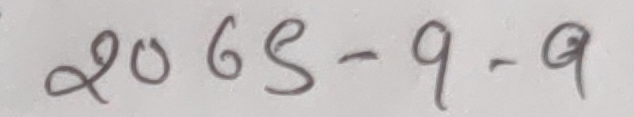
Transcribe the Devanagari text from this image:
२० ७९ - ९ - ९